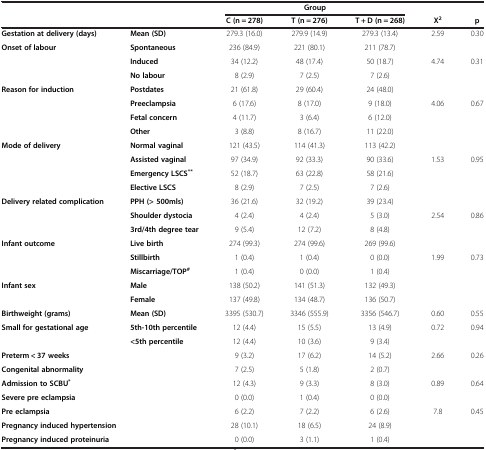
<table><thead><tr><td><b> </b></td><td><b> </b></td><td colspan="3"><b>Group</b></td><td><b> </b></td><td><b> </b></td></tr><tr><td><b> </b></td><td><b> </b></td><td><b>C (n = 278)</b></td><td><b> </b></td><td><b>T (n = 276)</b></td><td><b>T + D (n = 268)</b></td><td><b>X<sup>2</sup></b></td><td><b>p</b></td></tr></thead><tbody><tr><td><b>Gestation at delivery (days)</b></td><td><b>Mean (SD)</b></td><td>279.3 (16.0)</td><td>279.9 (14.9)</td><td>279.3 (13.4)</td><td>2.59</td><td>0.30</td></tr><tr><td rowspan="3"><b>Onset of labour</b></td><td><b>Spontaneous</b></td><td>236 (84.9)</td><td>221 (80.1)</td><td>211 (78.7)</td><td> </td><td> </td></tr><tr><td><b>Induced</b></td><td>34 (12.2)</td><td>48 (17.4)</td><td>50 (18.7)</td><td>4.74</td><td>0.31</td></tr><tr><td><b>No labour</b></td><td>8 (2.9)</td><td>7 (2.5)</td><td>7 (2.6)</td><td> </td><td> </td></tr><tr><td rowspan="4"><b>Reason for induction</b></td><td><b>Postdates</b></td><td>21 (61.8)</td><td>29 (60.4)</td><td>24 (48.0)</td><td> </td><td> </td></tr><tr><td><b>Preeclampsia</b></td><td>6 (17.6)</td><td>8 (17.0)</td><td>9 (18.0)</td><td>4.06</td><td>0.67</td></tr><tr><td><b>Fetal concern</b></td><td>4 (11.7)</td><td>3 (6.4)</td><td>6 (12.0)</td><td> </td><td> </td></tr><tr><td><b>Other</b></td><td>3 (8.8)</td><td>8 (16.7)</td><td>11 (22.0)</td><td> </td><td> </td></tr><tr><td rowspan="4"><b>Mode of delivery</b></td><td><b>Normal vaginal</b></td><td>121 (43.5)</td><td>114 (41.3)</td><td>113 (42.2)</td><td> </td><td> </td></tr><tr><td><b>Assisted vaginal</b></td><td>97 (34.9)</td><td>92 (33.3)</td><td>90 (33.6)</td><td>1.53</td><td>0.95</td></tr><tr><td><b>Emergency LSCS</b><sup><b>**</b></sup></td><td>52 (18.7)</td><td>63 (22.8)</td><td>58 (21.6)</td><td> </td><td> </td></tr><tr><td><b>Elective LSCS</b></td><td>8 (2.9)</td><td>7 (2.5)</td><td>7 (2.6)</td><td> </td><td> </td></tr><tr><td rowspan="3"><b>Delivery related complication</b></td><td><b>PPH (&gt; 500mls)</b></td><td>36 (21.6)</td><td>32 (19.2)</td><td>39 (23.4)</td><td> </td><td> </td></tr><tr><td><b>Shoulder dystocia</b></td><td>4 (2.4)</td><td>4 (2.4)</td><td>5 (3.0)</td><td>2.54</td><td>0.86</td></tr><tr><td><b>3rd/4th degree tear</b></td><td>9 (5.4)</td><td>12 (7.2)</td><td>8 (4.8)</td><td> </td><td> </td></tr><tr><td rowspan="3"><b>Infant outcome</b></td><td><b>Live birth</b></td><td>274 (99.3)</td><td>274 (99.6)</td><td>269 (99.6)</td><td> </td><td> </td></tr><tr><td><b>Stillbirth</b></td><td>1 (0.4)</td><td>1 (0.4)</td><td>0 (0.0)</td><td>1.99</td><td>0.73</td></tr><tr><td><b>Miscarriage/TOP</b><sup><b>#</b></sup></td><td>1 (0.4)</td><td>0 (0.0)</td><td>1 (0.4)</td><td> </td><td> </td></tr><tr><td rowspan="2"><b>Infant sex</b></td><td><b>Male</b></td><td>138 (50.2)</td><td>141 (51.3)</td><td>132 (49.3)</td><td> </td><td> </td></tr><tr><td><b>Female</b></td><td>137 (49.8)</td><td>134 (48.7)</td><td>136 (50.7)</td><td> </td><td> </td></tr><tr><td><b>Birthweight (grams)</b></td><td><b>Mean (SD)</b></td><td>3395 (530.7)</td><td>3346 (555.9)</td><td>3356 (546.7)</td><td>0.60</td><td>0.55</td></tr><tr><td rowspan="2"><b>Small for gestational age</b></td><td><b>5th-10th percentile</b></td><td>12 (4.4)</td><td>15 (5.5)</td><td>13 (4.9)</td><td>0.72</td><td>0.94</td></tr><tr><td><b>&lt;5th percentile</b></td><td>12 (4.4)</td><td>10 (3.6)</td><td>9 (3.4)</td><td> </td><td> </td></tr><tr><td colspan="2"><b>Preterm &lt; 37 weeks</b></td><td>9 (3.2)</td><td>17 (6.2)</td><td>14 (5.2)</td><td>2.66</td><td>0.26</td></tr><tr><td colspan="2"><b>Congenital abnormality</b></td><td>7 (2.5)</td><td> </td><td>5 (1.8)</td><td>2 (0.7)</td><td> </td><td> </td></tr><tr><td colspan="2"><b>Admission to SCBU</b><sup><b>*</b></sup></td><td>12 (4.3)</td><td>9 (3.3)</td><td>8 (3.0)</td><td>0.89</td><td>0.64</td><td> </td></tr><tr><td colspan="2"><b>Severe pre eclampsia</b></td><td>0 (0.0)</td><td>1 (0.4)</td><td>0 (0.0)</td><td> </td><td> </td><td> </td></tr><tr><td colspan="2"><b>Pre eclampsia</b></td><td>6 (2.2)</td><td>7 (2.2)</td><td>6 (2.6)</td><td>7.8</td><td>0.45</td><td> </td></tr><tr><td colspan="2"><b>Pregnancy induced hypertension</b></td><td>28 (10.1)</td><td>18 (6.5)</td><td>24 (8.9)</td><td> </td><td> </td><td> </td></tr><tr><td colspan="2"><b>Pregnancy induced proteinuria</b></td><td>0 (0.0)</td><td>3 (1.1)</td><td>1 (0.4)</td><td> </td><td> </td><td> </td></tr></tbody></table>